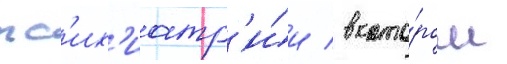
пс'их'иатр'и́и / в кото́ром